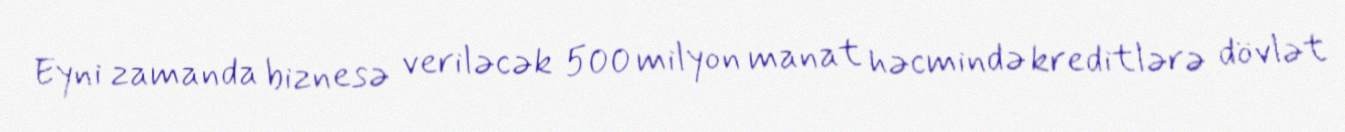
Eyni zamanda biznesə veriləcək 500 milyon manat həcmində kreditlərə dövlət